Source: Computer-generated
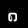
Digit: ၈ (8)